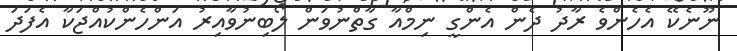
ނޫނެކޭ އެހެންވެ ރާދު ދެން އެންގީ ނިމްއާ ގާތްނުވަން ލޯބިނުވާއިރު އަންހެންކުއްޖަކާ އެފަދަ